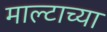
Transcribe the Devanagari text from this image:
माल्टाच्या